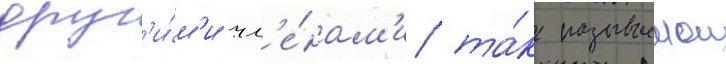
друг'и́м'и чл'е́нам'и та́к называемои